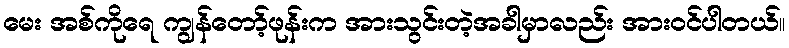
မေး အစ်ကိုရေ ကျွန်တော့်ဖုန်းက အားသွင်းတဲ့အခါမှာလည်း အားဝင်ပါတယ်။